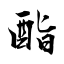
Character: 酯